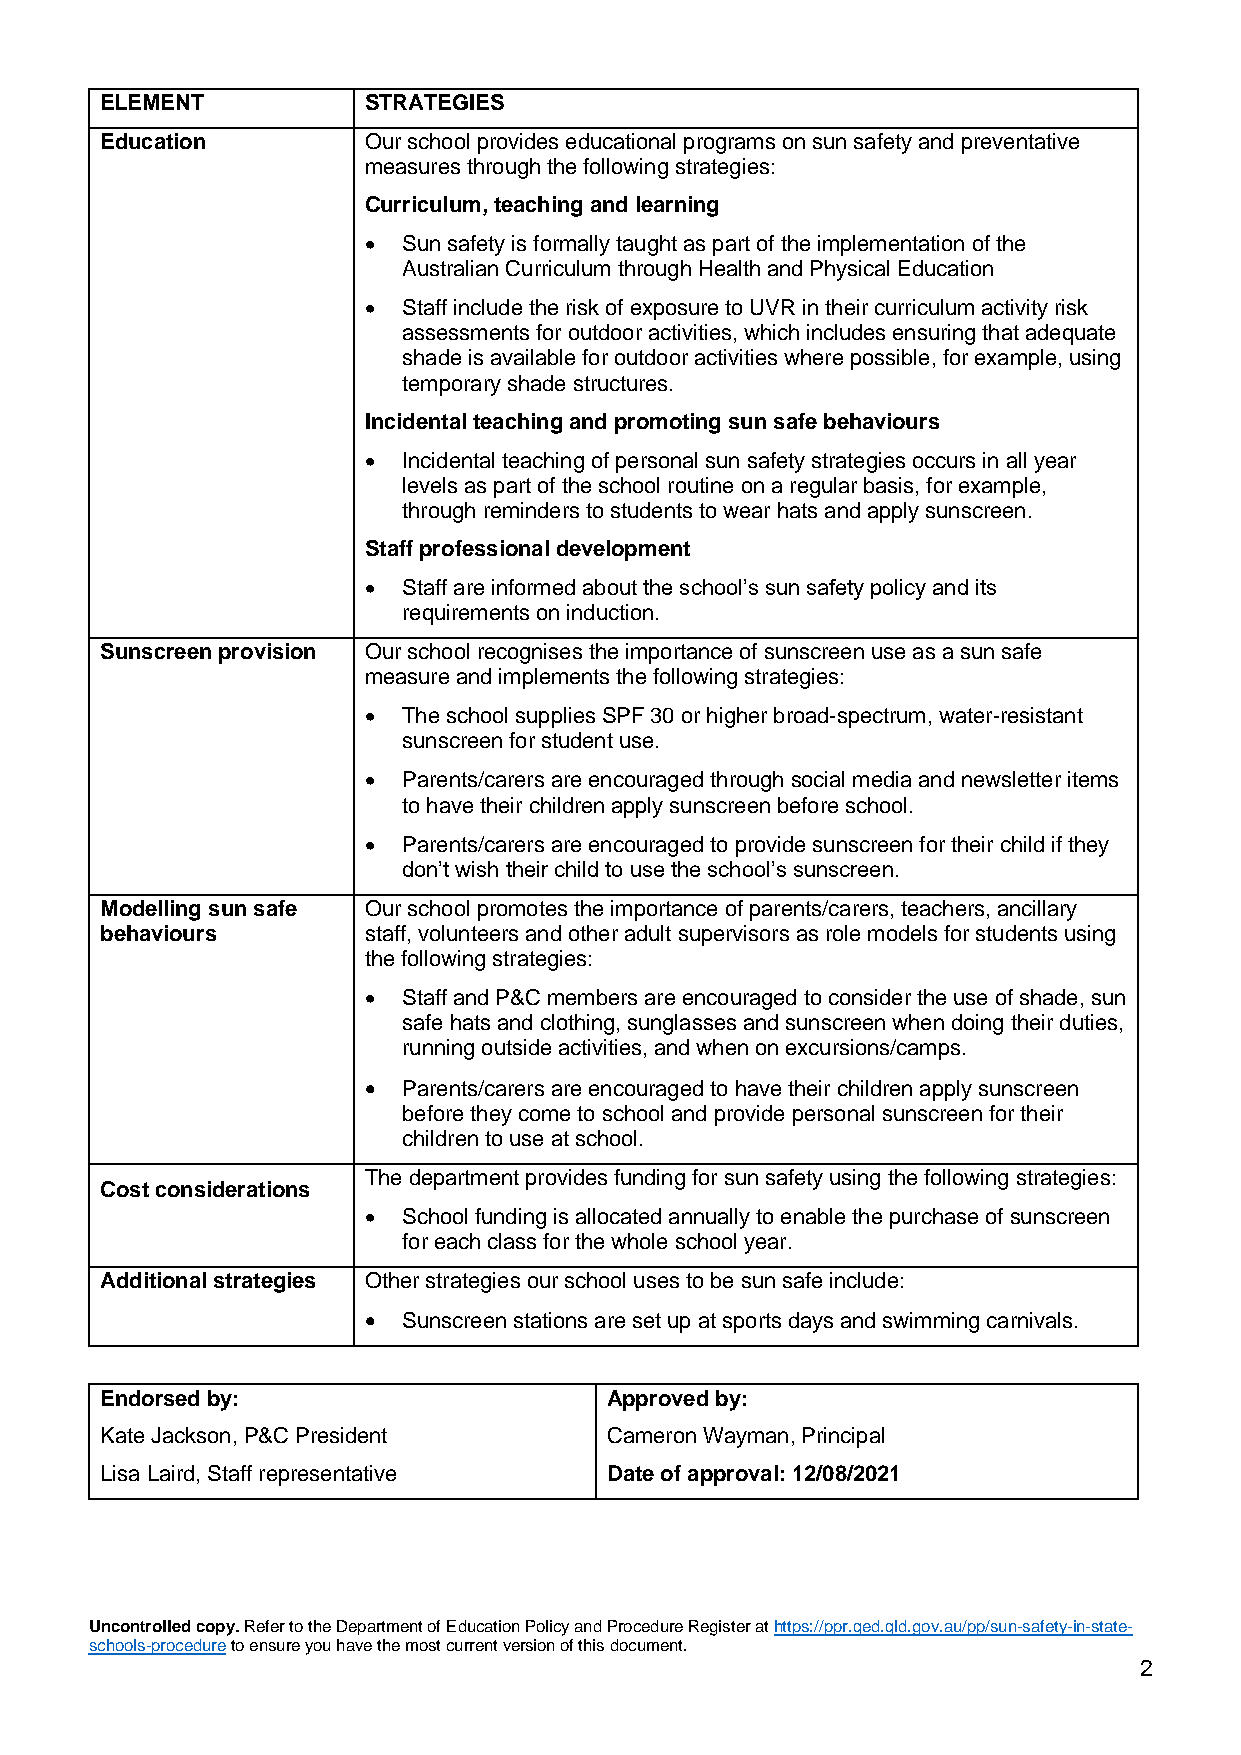
ELEMENT          STRATEGIES
 Education        Our school provides educational programs on sun safety and preventative
 measures through the following strategies:
 Curriculum, teaching and learning
 •  Sun safety is formally taught as part of the implementation of the
 Australian Curriculum through Health and Physical Education
 •  Staff include the risk of exposure to UVR in their curriculum activity risk
 assessments for outdoor activities, which includes ensuring that adequate
 shade is available for outdoor activities where possible, for example, using
 temporary shade structures.
 Incidental teaching and promoting sun safe behaviours
 •  Incidental teaching of personal sun safety strategies occurs in all year
 levels as part of the school routine on a regular basis, for example,
 through reminders to students to wear hats and apply sunscreen.
 Staff professional development
 •  Staff are informed about the school’s sun safety policy and its
 requirements on induction.
 Sunscreen provision Our school recognises the importance of sunscreen use as a sun safe
 measure and implements the following strategies:
 •  The school supplies SPF 30 or higher broad-spectrum, water-resistant
 sunscreen for student use.
 •  Parents/carers are encouraged through social media and newsletter items
 to have their children apply sunscreen before school.
 •  Parents/carers are encouraged to provide sunscreen for their child if they
 don’t wish their child to use the school’s sunscreen.
 Modelling sun safe Our school promotes the importance of parents/carers, teachers, ancillary
 behaviours       staff, volunteers and other adult supervisors as role models for students using
 the following strategies:
 •  Staff and P&C members are encouraged to consider the use of shade, sun
 safe hats and clothing, sunglasses and sunscreen when doing their duties,
 running outside activities, and when on excursions/camps.
 •  Parents/carers are encouraged to have their children apply sunscreen
 before they come to school and provide personal sunscreen for their
 children to use at school.
 The department provides funding for sun safety using the following strategies:
 Cost considerations
 •  School funding is allocated annually to enable the purchase of sunscreen
 for each class for the whole school year.
 Additional strategies Other strategies our school uses to be sun safe include:
 •  Sunscreen stations are set up at sports days and swimming carnivals.
 Endorsed by:                     Approved by:
 Kate Jackson, P&C President      Cameron Wayman, Principal
 Lisa Laird, Staff representative Date of approval: 12/08/2021
 Uncontrolled copy. Refer to the Department of Education Policy and Procedure Register at https://ppr.qed.qld.gov.au/pp/sun-safety-in-state-
 schools-procedure to ensure you have the most current version of this document.
 2